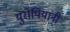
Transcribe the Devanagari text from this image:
युरोपियांनी